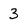
Character: 3